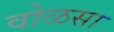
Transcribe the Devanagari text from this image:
वोळसा